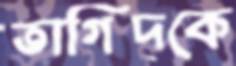
তাগিদকে